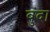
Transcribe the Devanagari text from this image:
बुंदा